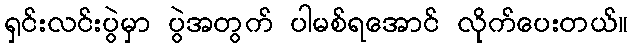
ရှင်းလင်းပွဲမှာ ပွဲအတွက် ပါမစ်ရအောင် လိုက်ပေးတယ်။